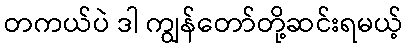
တကယ်ပဲ ဒါ ကျွန်တော်တို့ဆင်းရမယ့်